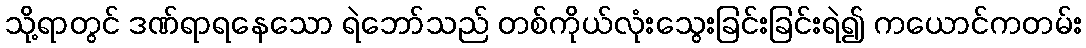
သို့ရာတွင် ဒဏ်ရာရနေသော ရဲဘော်သည် တစ်ကိုယ်လုံးသွေးခြင်းခြင်းရဲ၍ ကယောင်ကတမ်း